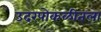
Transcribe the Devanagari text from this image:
उदरपोकळीतला